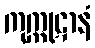
ကုက္ကုဋာနံ